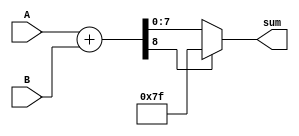
module fixed_point_adder (
    input signed [7:0] A,
    input signed [7:0] B,
    output reg signed [7:0] sum
);

reg signed [7:0] partial_sum;
reg carry_out;

always @ (A or B) begin
    {carry_out, partial_sum} = A + B;
end

always @ (carry_out or partial_sum) begin
    if (carry_out) begin
        sum = 8'b01111111; // Maximum representable value in fixed-point format
    end else begin
        sum = partial_sum;
    end
end

endmodule